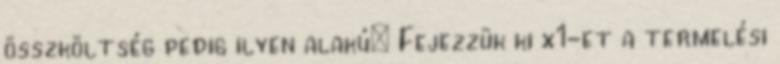
összköltség pedig ilyen alakú: Fejezzük ki x1-et a termelési